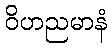
ဝိဟညမာနံ